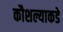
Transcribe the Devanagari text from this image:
कौशल्याकडे